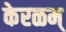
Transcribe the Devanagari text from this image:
केरळम्